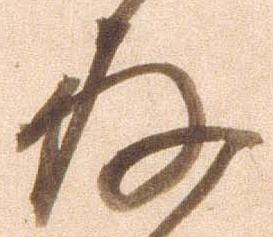
存